Lunatic asylums Burma 1907-21 - 1907-1921
Year: 1907
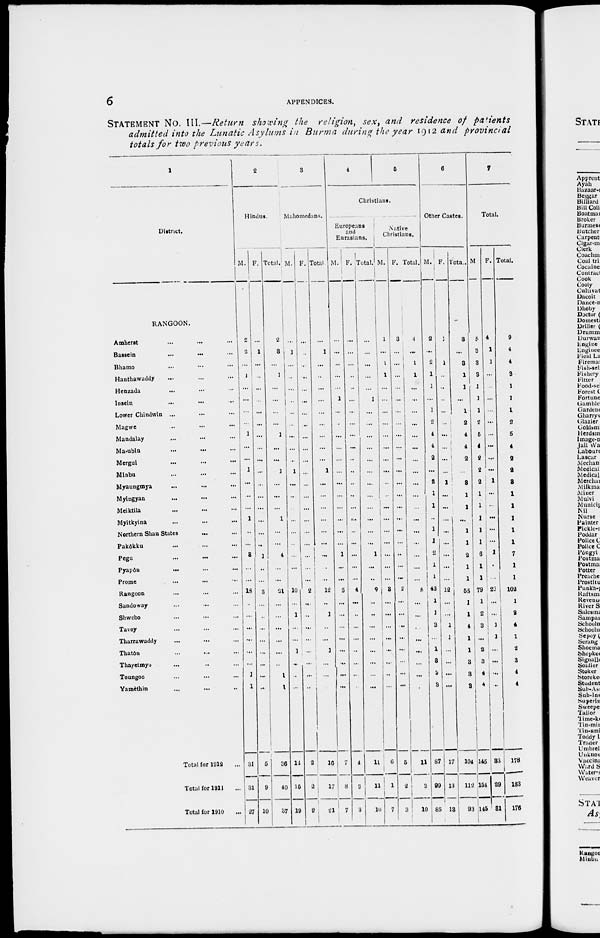
6
APPENDICES.
STATEMENT No. III.—Return showing the religion, sex, and residence of patients
admitted into the Lunatic Asylums in Burma during the year 1912 and provincial
totals for two previous years.
1
District.
RANGOON.
Amherst ... ... ...
Bassein ... ... ...
Bhamo ... ... ...
Hanthawaddy ... ... ...
Henzada ... ... ...
Insein ... ... ...
Lower Chindwin ... ... ...
Magwe ... ... ...
Mandalay ... ... ...
Ma-ubin ... ... ...
Mergui ... ... ...
Minbu ... ... ...
Myaungmya ... ... ...
Myingyan ... ... ...
Meiktila ... ... ...
Myitkyina ... ... ...
Northern Shan States ... ...
Pakôkku ... ... ...
Pegu ... ... ...
Pyapôn
...
...
...
Prome ... ... ...
Rangoon ... ... ...
Sandoway ... ... ...
Shwebo ... ... ...
Tavoy ... ... ...
Tharrawaddy ... ... ...
Thatôn ... ... ...
Thayetmyo ... ... ...
Toungoo ... ... ...
Yamèthin ... ... ...
Total for 1912 ...
Total for 1911 ...
Total for 1910 ...
2
Hindus.
M.
2
2
...
1
...
...
...
...
1
...
...
1
...
...
...
1
...
...
3
...
...
18
...
...
...
...
...
...
1
1
31
31
27
F.
...
1
...
...
...
...
...
...
...
...
...
...
...
...
...
...
...
...
1
...
...
3
...
...
...
...
...
...
...
...
5
9
10
Total.
2
3
...
1
...
...
...
...
1
...
...
1
...
...
...
1
...
...
4
...
...
21
...
...
...
...
...
...
1
1
36
40
37
3
Mahomedans.
M.
...
1
...
...
...
...
...
...
...
...
...
1
...
...
...
...
...
...
...
...
...
10
...
1
...
...
1
...
...
...
14
15
19
F.
...
...
...
...
...
...
...
...
...
...
...
...
...
...
...
...
...
...
...
...
...
2
...
...
...
...
...
...
...
...
2
2
2
Total.
...
1
...
...
...
...
...
...
...
...
...
1
...
...
...
...
...
...
...
...
...
12
...
1
...
...
1
...
...
...
16
17
21
4
5
Christians.
Europeans
and
Eurasians.
M.
...
...
...
...
...
1
...
...
...
...
...
...
...
...
...
...
...
...
1
...
...
5
...
...
...
...
...
...
...
...
7
8
7
F.
...
...
...
...
...
...
...
...
...
...
...
...
...
...
...
...
...
...
...
...
...
4
...
...
...
...
...
...
...
...
4
3
3
Total.
...
...
...
...
...
1
...
...
...
...
...
...
...
...
...
...
...
...
1
...
...
9
...
...
...
...
...
...
...
...
11
11
10
Native
Christians.
M.
1
...
1
1
...
...
...
...
...
...
...
...
...
...
...
...
...
...
...
...
...
3
...
...
...
...
...
...
...
...
6
1
7
F.
3
...
...
...
...
...
...
...
...
...
...
...
...
...
...
...
...
...
...
...
...
2
...
...
...
...
...
...
...
5
2
3
Total.
4
...
1
1
...
...
...
...
...
...
...
...
...
...
...
...
...
...
...
...
...
5
...
...
...
...
...
...
...
...
11
3
10
6
Other Castes.
M.
2
...
2
1
1
...
1
2
4
4
2
...
2
...
...
...
...
...
2
1
1
43
1
1
3
...
1
3
3
3
87
99
85
F.
1
...
1
...
...
...
...
...
...
...
...
...
1
...
...
...
...
...
...
...
...
12
...
...
1
1
...
...
...
...
17
13
13
Total.
3
...
3
1
1
...
1
2
4
4
2
...
3
...
...
...
...
...
2
1
1
65
1
1
4
1
1
3
3
3
104
112
93
7
Total.
M
5
3
3
3
1
1
1
2
5
4
2
2
2
1
1
1
1
1
6
1
1
79
1
2
3
...
2
3
4
4
145
154
145
F.
4
1
1
...
...
...
...
...
...
...
...
...
1
...
...
...
...
...
1
...
...
23
...
...
1
1
...
...
...
...
83
29
81
Total.
9
4
4
3
1
1
1
2
5
4
2
2
3
1
1
1
1
1
7
1
1
102
1
2
4
1
2
3
4
4
178
183
176